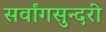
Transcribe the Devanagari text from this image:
सर्वांगसुन्दरी